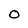
Character: O